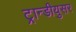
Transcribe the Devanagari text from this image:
ट्रान्डीयुसर